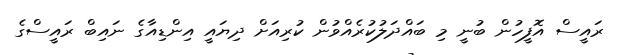
ރައީސް އޮފީހުން ބުނީ މި ބައްދަލުކުރެއްވުން ކުރިއަށް ދިޔައީ އިންޑިއާގެ ނައިބް ރައީސްގެ